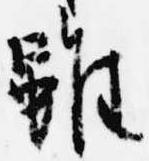
雖